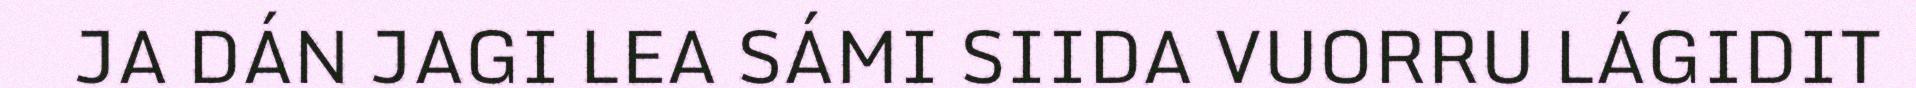
JA DÁN JAGI LEA SÁMI SIIDA VUORRU LÁGIDIT